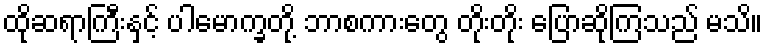
ထိုဆရာကြီးနှင့် ပါမောက္ခတို့ ဘာစကားတွေ တိုးတိုး ပြောဆိုကြသည် မသိ။